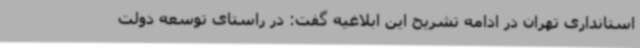
استانداری تهران در ادامه تشریح این ابلاغیه گفت: در راستای توسعه دولت